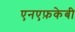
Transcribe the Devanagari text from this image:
एनएफ़केबी